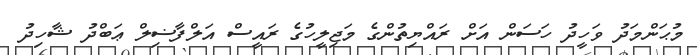
މުޙަންމަދު ވަހީދު ހަސަން އަށް ރައްޔިތުންގެ މަޖިލީހުގެ ރައީސް އަލްފާޟިލް ޢަބްދު ޝާހިދު